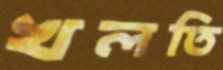
খলতি